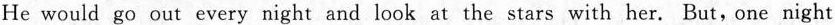
He would go out every night and look at the stars with her. But,one night